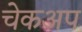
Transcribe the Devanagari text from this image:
चेकअप